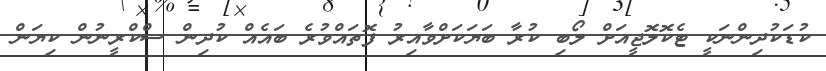
ކުޑަކުދިންނަކީ ޓެކޮލޮޖީއަށް ލޯބި ކުރާ ބަޔަކަށްވާއިރު ފޮތައްވުރެ ބައެއް ކުދިން ސްކްރީނުން ކިޔަން